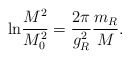
\begin{align*}{\rm ln}\frac{M^2}{M_0^2}=\frac{2\pi}{g_R^2}\frac{m_R}{M}.\end{align*}